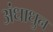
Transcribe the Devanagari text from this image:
अंधाधुन